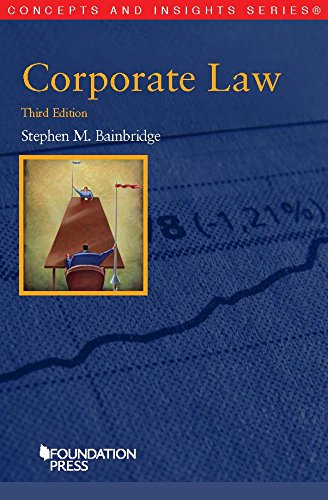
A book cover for Corporate Law (Concepts and Insights); Stephen Bainbridge; Law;